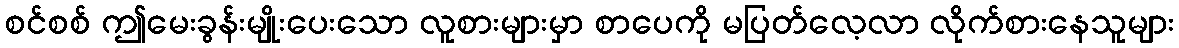
စင်စစ် ဤမေးခွန်းမျိုးပေးသော လူစားများမှာ စာပေကို မပြတ်လေ့လာ လိုက်စားနေသူများ